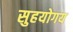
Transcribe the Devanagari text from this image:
सुहयोगय